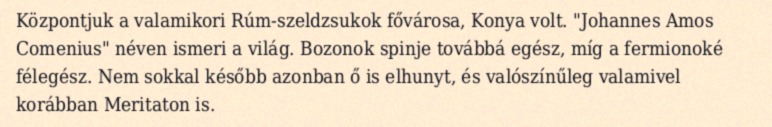
Központjuk a valamikori Rúm-szeldzsukok fővárosa, Konya volt. "Johannes Amos Comenius" néven ismeri a világ. Bozonok spinje továbbá egész, míg a fermionoké félegész. Nem sokkal később azonban ő is elhunyt, és valószínűleg valamivel korábban Meritaton is.